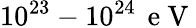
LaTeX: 10^{23}-10^{24}\, \mathrm{~e~V~}